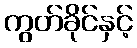
ကွတ်ခိုင်နှင့်